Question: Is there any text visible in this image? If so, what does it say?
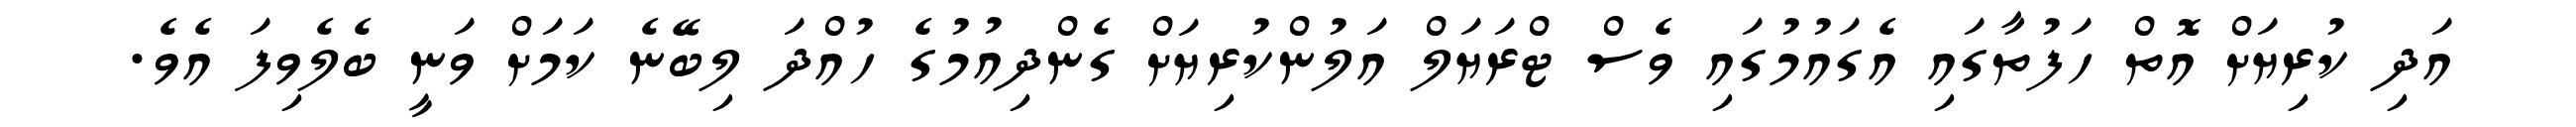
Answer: އަދި ކުރިޔަށް އޮތް ހަފުތާގައި އެގައުމުގައި ވެސް ޓްރަޔަލް އަލުންކުރިޔަށް ގެންދިއުމުގެ ހުއްދަ ލިބޭނެ ކަމަށް ވަނީ ބެލެވިފަ އެވެ.